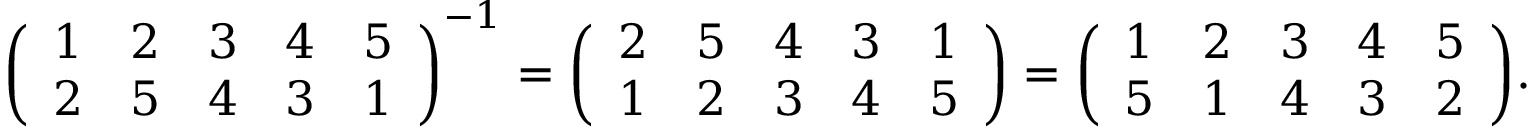
{ \left( \begin{array} { l l l l l } { 1 } & { 2 } & { 3 } & { 4 } & { 5 } \\ { 2 } & { 5 } & { 4 } & { 3 } & { 1 } \end{array} \right) } ^ { - 1 } = { \left( \begin{array} { l l l l l } { 2 } & { 5 } & { 4 } & { 3 } & { 1 } \\ { 1 } & { 2 } & { 3 } & { 4 } & { 5 } \end{array} \right) } = { \left( \begin{array} { l l l l l } { 1 } & { 2 } & { 3 } & { 4 } & { 5 } \\ { 5 } & { 1 } & { 4 } & { 3 } & { 2 } \end{array} \right) } .